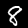
Label: 8